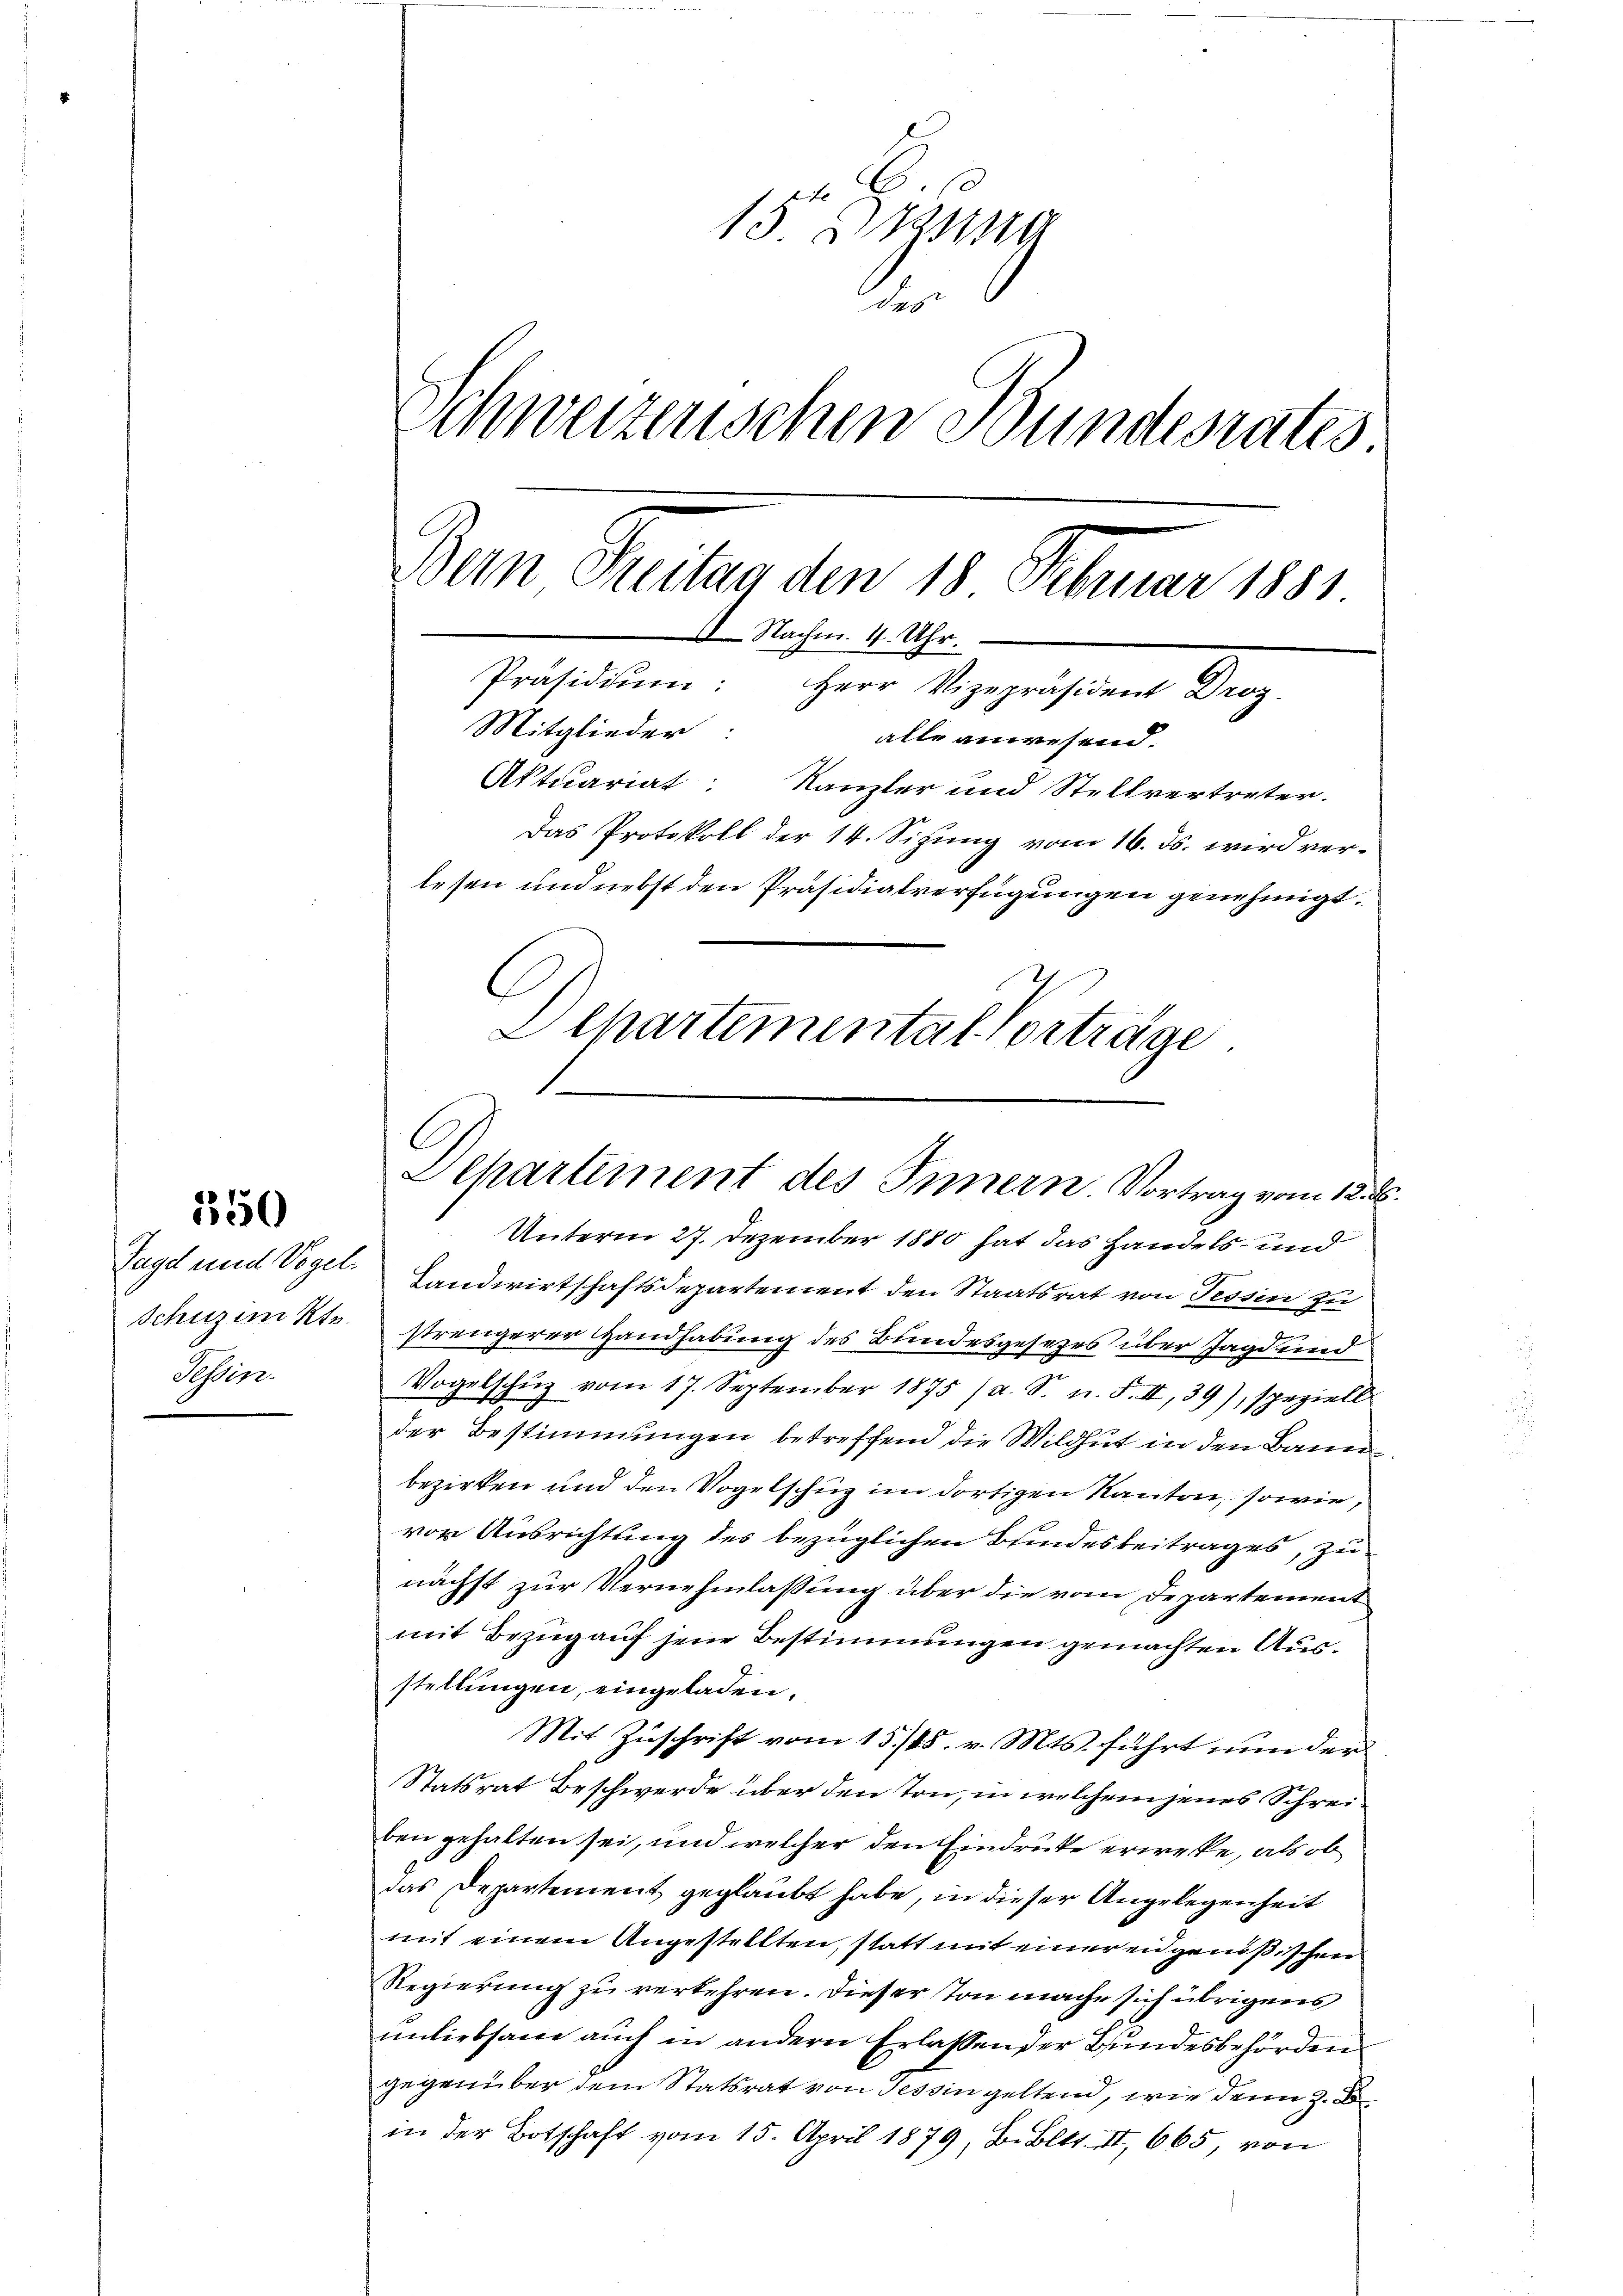
350

Tage und Vogel.
schuzinkte.
Tessin

15ten sin
.
Schweizerischen Bundesrates.
Bern Seiten den 18 Februar 1851
II. Nachm. 4. Uhr.
Präsidiŭm: Herr Vizepräsident Droz.
Mitglieder:
alle anwesend.
Aktuariat: Kanzler und Stellvertreter.
Das Protokoll der 14. Sizung vom 16. ds. wird verlesen und nebst den Präsidialverfügungen genehmigt.
G
L chartemental Vorträge

C
Dehartement des Innern. Vortrag vom 12. d.

Unterm 27. Dezember 1880 hat das Handels- und
Landwirtschaftsdepartement den Staatsrat von Tessin zu
strengerer Handhabung des Bundesgesezes über Jagd und
Vogelschŭz vom 17. September 1875 (a. S. n. F. II, 39), speziell
der Bestimmungen betreffend die Wildhut in den Bannbezirken und den Vogelschuz im dortigen Kanton, sowie,
vor Ausrichtung des bezüglichen Bundesbeitrages, zunächst zur Vernehmlassung über die vom Departement
mit Bezug auf jene Bestimmungen gemachten Ausstellungen, eingeladen.
Mit Zuschrift vom 15./15. v. Mts. führt nun der
Statsrat Beschwerde über den Ton, in welchem jenes Schreiben gehalten sei, und welcher den Eindrucke erwecke, als ob
das Departement geglaubt habe, in dieser Angelegenheit
mit einem Angestellten, statt mit einer en genößischen
Regierung zu verkehren. Dieser von mache sich übrigens
miliebsame auch in andern Erlassen der Bundesbehörden
gegenüber dem Statsrat von Tessin geltend, wie denn z. B
in der Botschaft vom 15. April 1879, B. Bett. II, 665, von